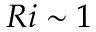
R i \sim 1